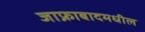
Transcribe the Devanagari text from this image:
जाफ्राबादमधील